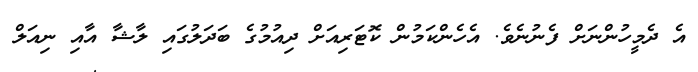
އެ ދެމީހުންނަށް ފެނުނެވެ. އެހެންކަމުން ކޮޓަރިއަށް ދިއުމުގެ ބަދަލުގައި ލާޝާ އާއި ނިއަލް